Riigikantselei, lk 120
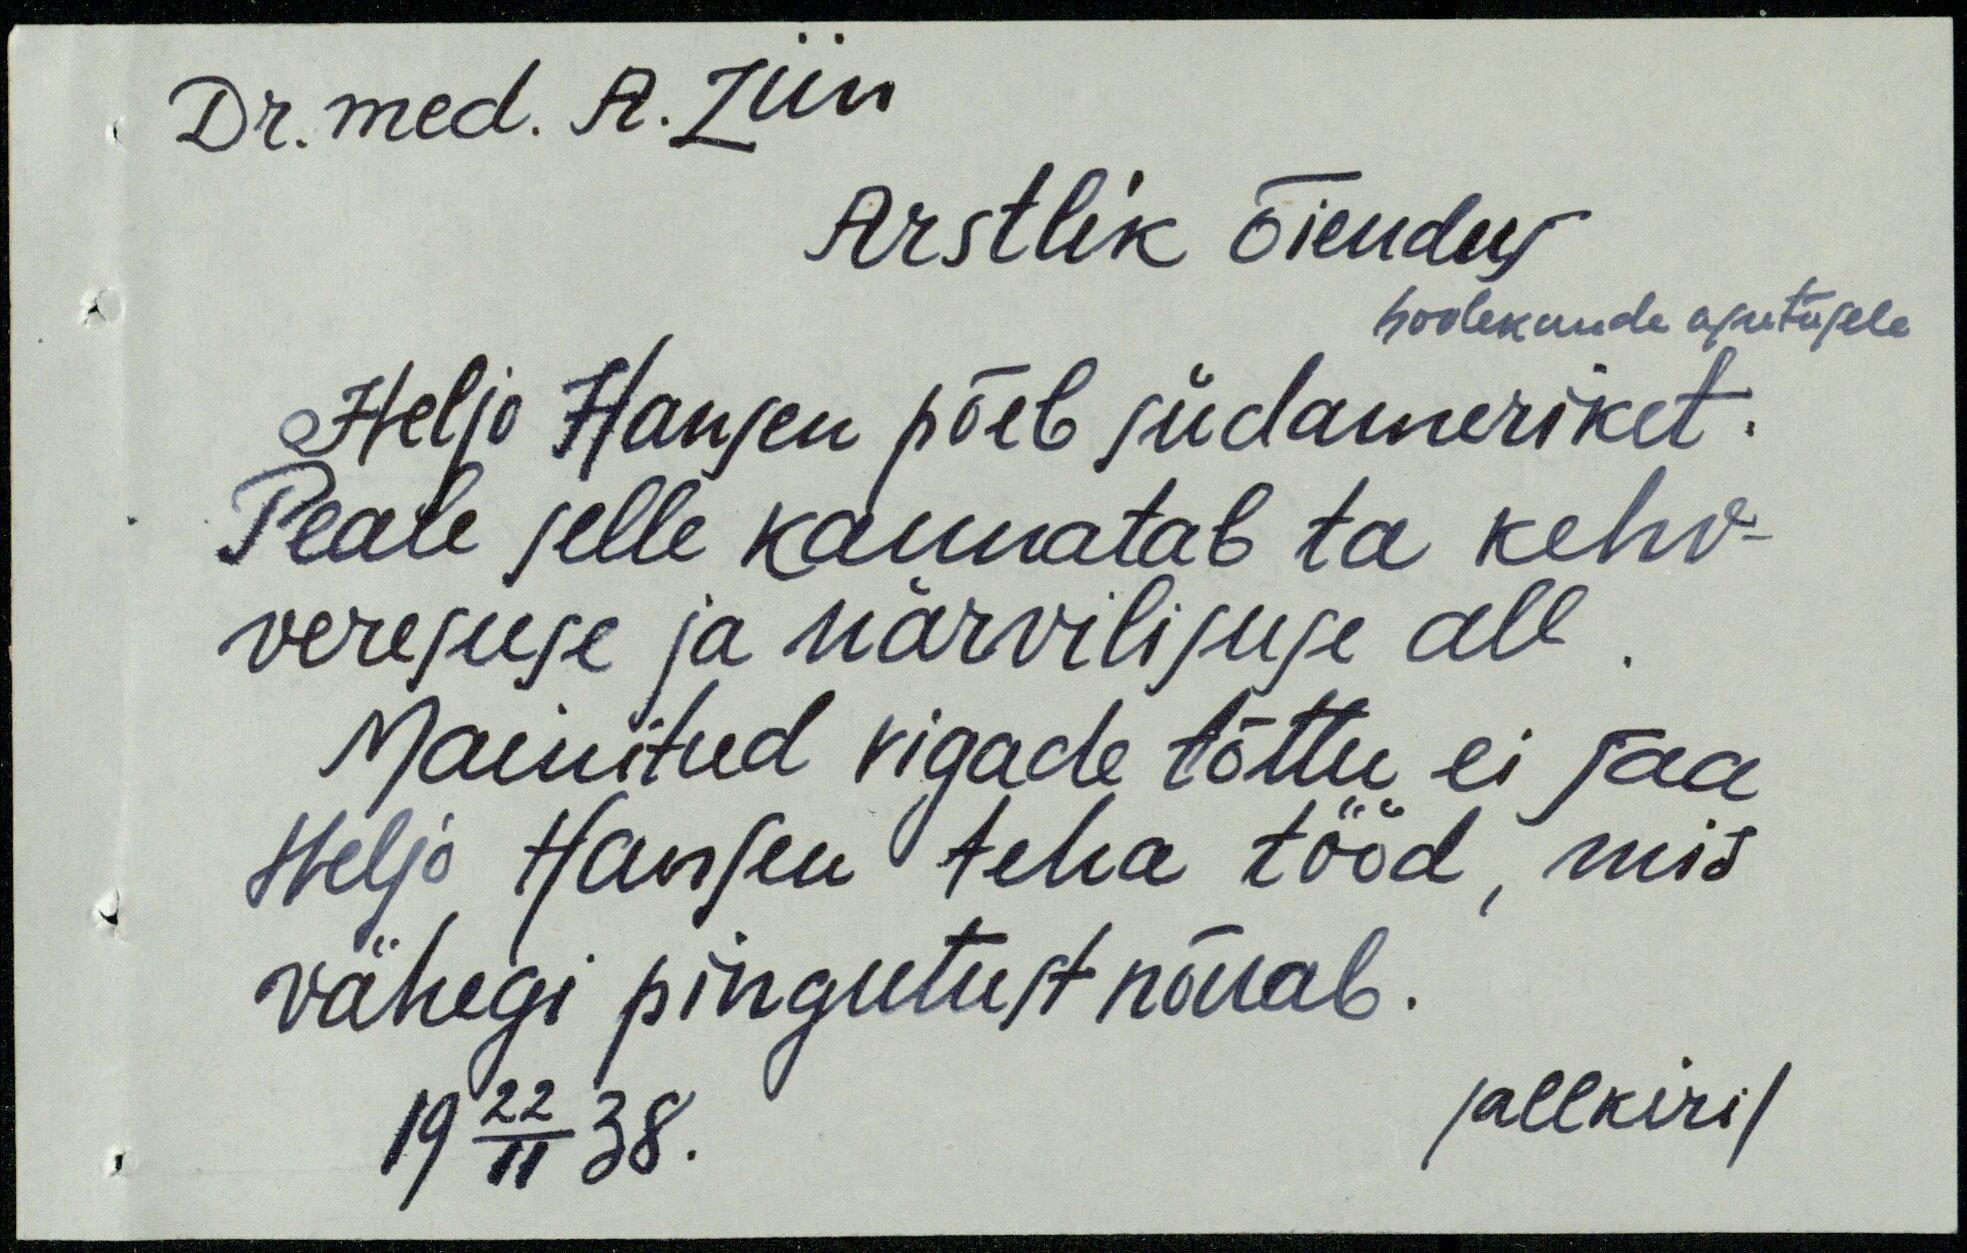
Dr.med. A. Liin
Arstlik õiendus
hoolekande asutusele
Heljo Hansen põeb südameriket.
Peale jelle kannatab ta kehv-
veresuse ja närvilisuse all.
Mainitud vigade tõttu ei saa
Heljo Hansen teha tööd, mis
vähegi pingutust nõuab.
1922 11 38.
/allkiri/